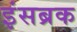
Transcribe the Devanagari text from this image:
इंसब्रक